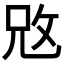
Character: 𢼙